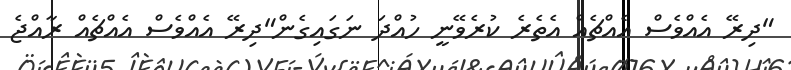
"ދިރޭ އެއްވެސް އެއްޗެއް އެތެރެ ކުރެވޭނީ ހުއްދަ ނަގައިގެން"ދިރޭ އެއްވެސް އެއްޗެއް ރާއްޖެ